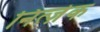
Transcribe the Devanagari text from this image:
नित्ज़ेक